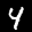
Label: 4